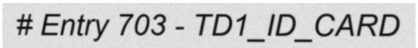
# Entry 703 - TD1_ID_CARD